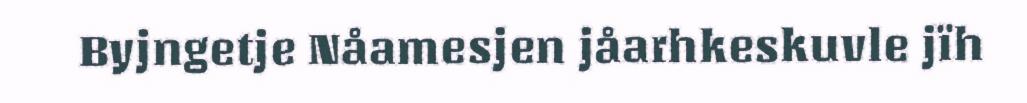
Byjngetje Nåamesjen jåarhkeskuvle jïh